Cholera in southern India
Disease focus: Cholera
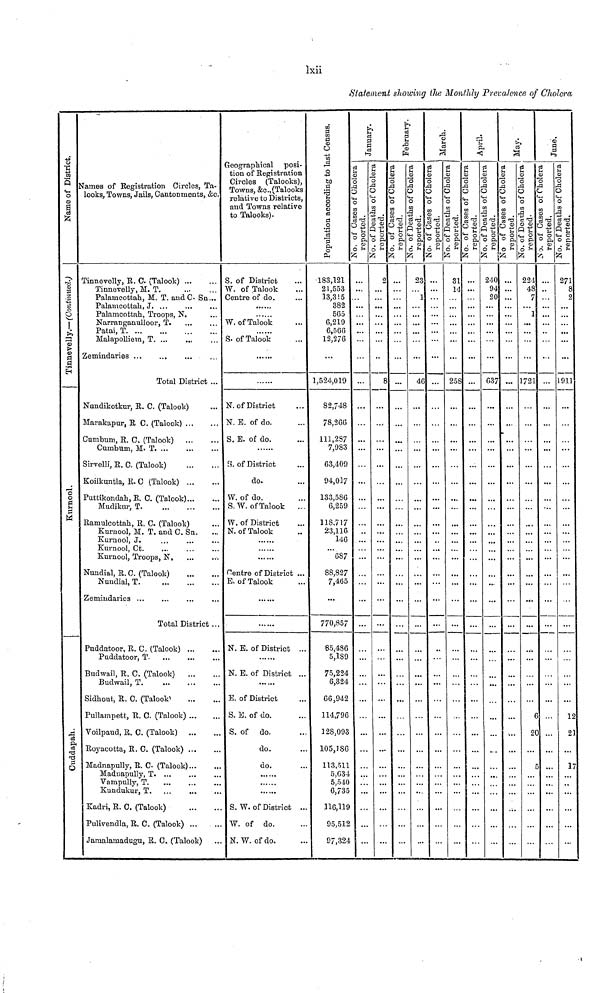
lxii
Statement showing the Monthly Prevalence of Cholera